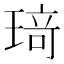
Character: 𤦺